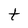
Character: t